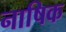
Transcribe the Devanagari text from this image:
नाषिक